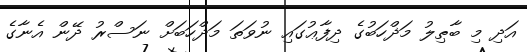
އަދި މި ބާޠިލު މަޛްހަބުގެ ދިފާޢުގައި ނުވަތަ މަޛްހަބަށް ނަސްރު ދޭން އެނާގެ